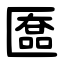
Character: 匲